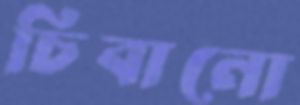
চিবানো